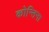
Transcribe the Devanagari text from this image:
कोन्तिना